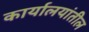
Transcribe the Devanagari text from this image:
कार्यालयांतील